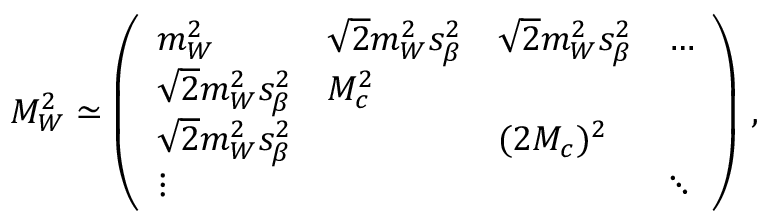
{ \cal M } _ { W } ^ { 2 } \simeq \left( \begin{array} { l l l l } { { m _ { W } ^ { 2 } } } & { { \sqrt { 2 } m _ { W } ^ { 2 } s _ { \beta } ^ { 2 } } } & { { \sqrt { 2 } m _ { W } ^ { 2 } s _ { \beta } ^ { 2 } } } & { { \dots } } \\ { { \sqrt { 2 } m _ { W } ^ { 2 } s _ { \beta } ^ { 2 } } } & { { M _ { c } ^ { 2 } } } & { { } } & { { } } \\ { { \sqrt { 2 } m _ { W } ^ { 2 } s _ { \beta } ^ { 2 } } } & { { } } & { { ( 2 M _ { c } ) ^ { 2 } } } & { { } } \\ { { \vdots } } & { { } } & { { } } & { { \ddots } } \end{array} \right) \, ,